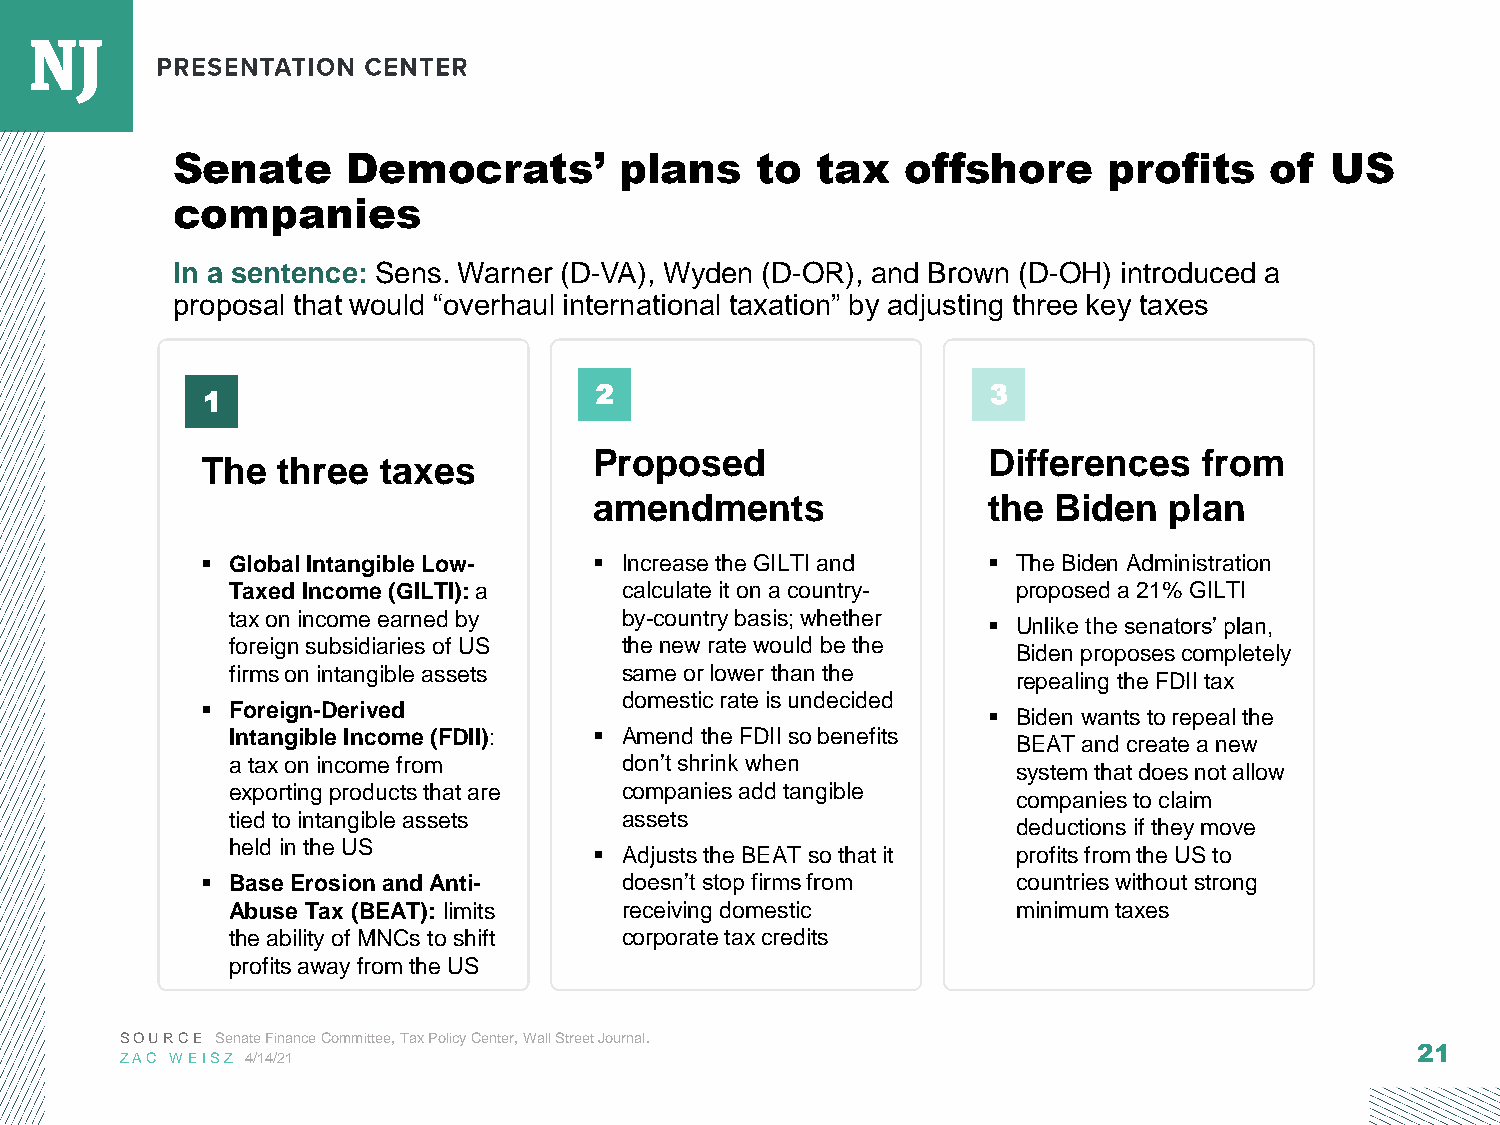
Senate      Democrats’        plans    to  tax   offshore     profits    of  US
 companies
 In a sentence: Sens. Warner (D-VA), Wyden (D-OR), and Brown (D-OH) introduced a
 proposal that would “overhaul international taxation” by adjusting three key taxes
 2                          3
 1
 Proposed                  Differences    from
 The  three  taxes
 amendments                the  Biden  plan
 ▪ Global Intangible Low-  ▪ Increase the GILTI and  ▪ The Biden Administration
 Taxed Income (GILTI):a    calculate it on a country- proposed a 21% GILTI
 tax on income earned by   by-country basis; whether
 ▪ Unlike the senators’ plan,
 foreign subsidiaries of US the new rate would be the
 Biden proposes completely
 firms on intangible assets same or lower than the
 repealing the FDII tax
 domestic rate is undecided
 ▪ Foreign-Derived
 ▪ Biden wants to repeal the
 Intangible Income (FDII): ▪ Amend the FDII so benefits
 BEAT and create a new
 a tax on income from      don’t shrink when
 system that does not allow
 exporting products that are companies add tangible
 companies to claim
 tied to intangible assets assets
 deductions if they move
 held in the US
 ▪ Adjusts the BEAT so that it profits from the US to
 ▪ Base Erosion and Anti-    doesn’t stop firms from   countries without strong
 Abuse Tax (BEAT): limits  receiving domestic        minimum taxes
 the ability of MNCs to shift corporate tax credits
 profits away from the US
 SOURCE Senate Finance Committee, Tax Policy Center, Wall Street Journal.
 21
 ZAC WEISZ 4/14/21